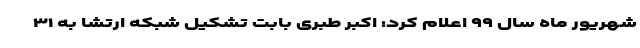
شهریور ماه سال ۹۹ اعلام کرد: اکبر طبری بابت تشکیل شبکه ارتشا به ۳۱